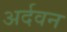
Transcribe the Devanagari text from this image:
अर्दवन